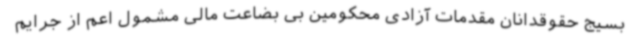
بسیج حقوقدانان مقدمات آزادی محکومین بی بضاعت مالی مشمول اعم از جرایم